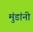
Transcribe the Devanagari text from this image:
मुंडांनी